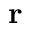
\mathbf { r }